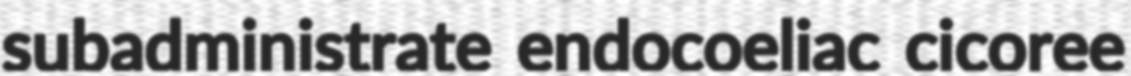
subadministrate endocoeliac cicoree